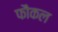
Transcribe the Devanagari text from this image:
फौकल